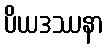
ပိယဒဿနာ